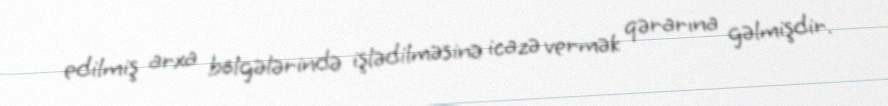
edilmiş arxa bölgələrində işlədilməsinə icazə vermək qərarına gəlmişdir.